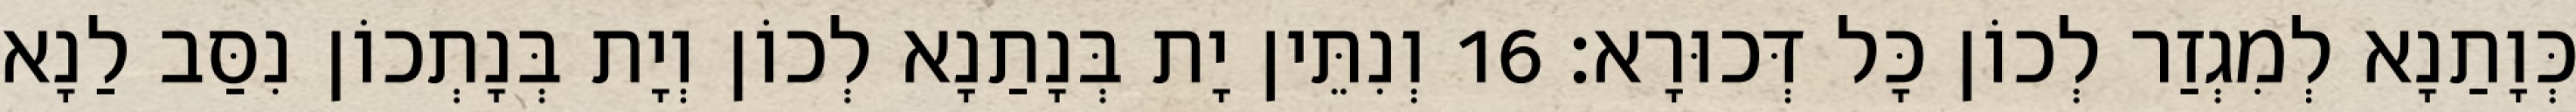
כְּוָתַנָא לְמִגְזַר לְכוֹן כָּל דְּכוּרָא׃ 16 וְנִתֵּין יָת בְּנָתַנָא לְכוֹן וְיָת בְּנָתְכוֹן נִסַּב לַנָא